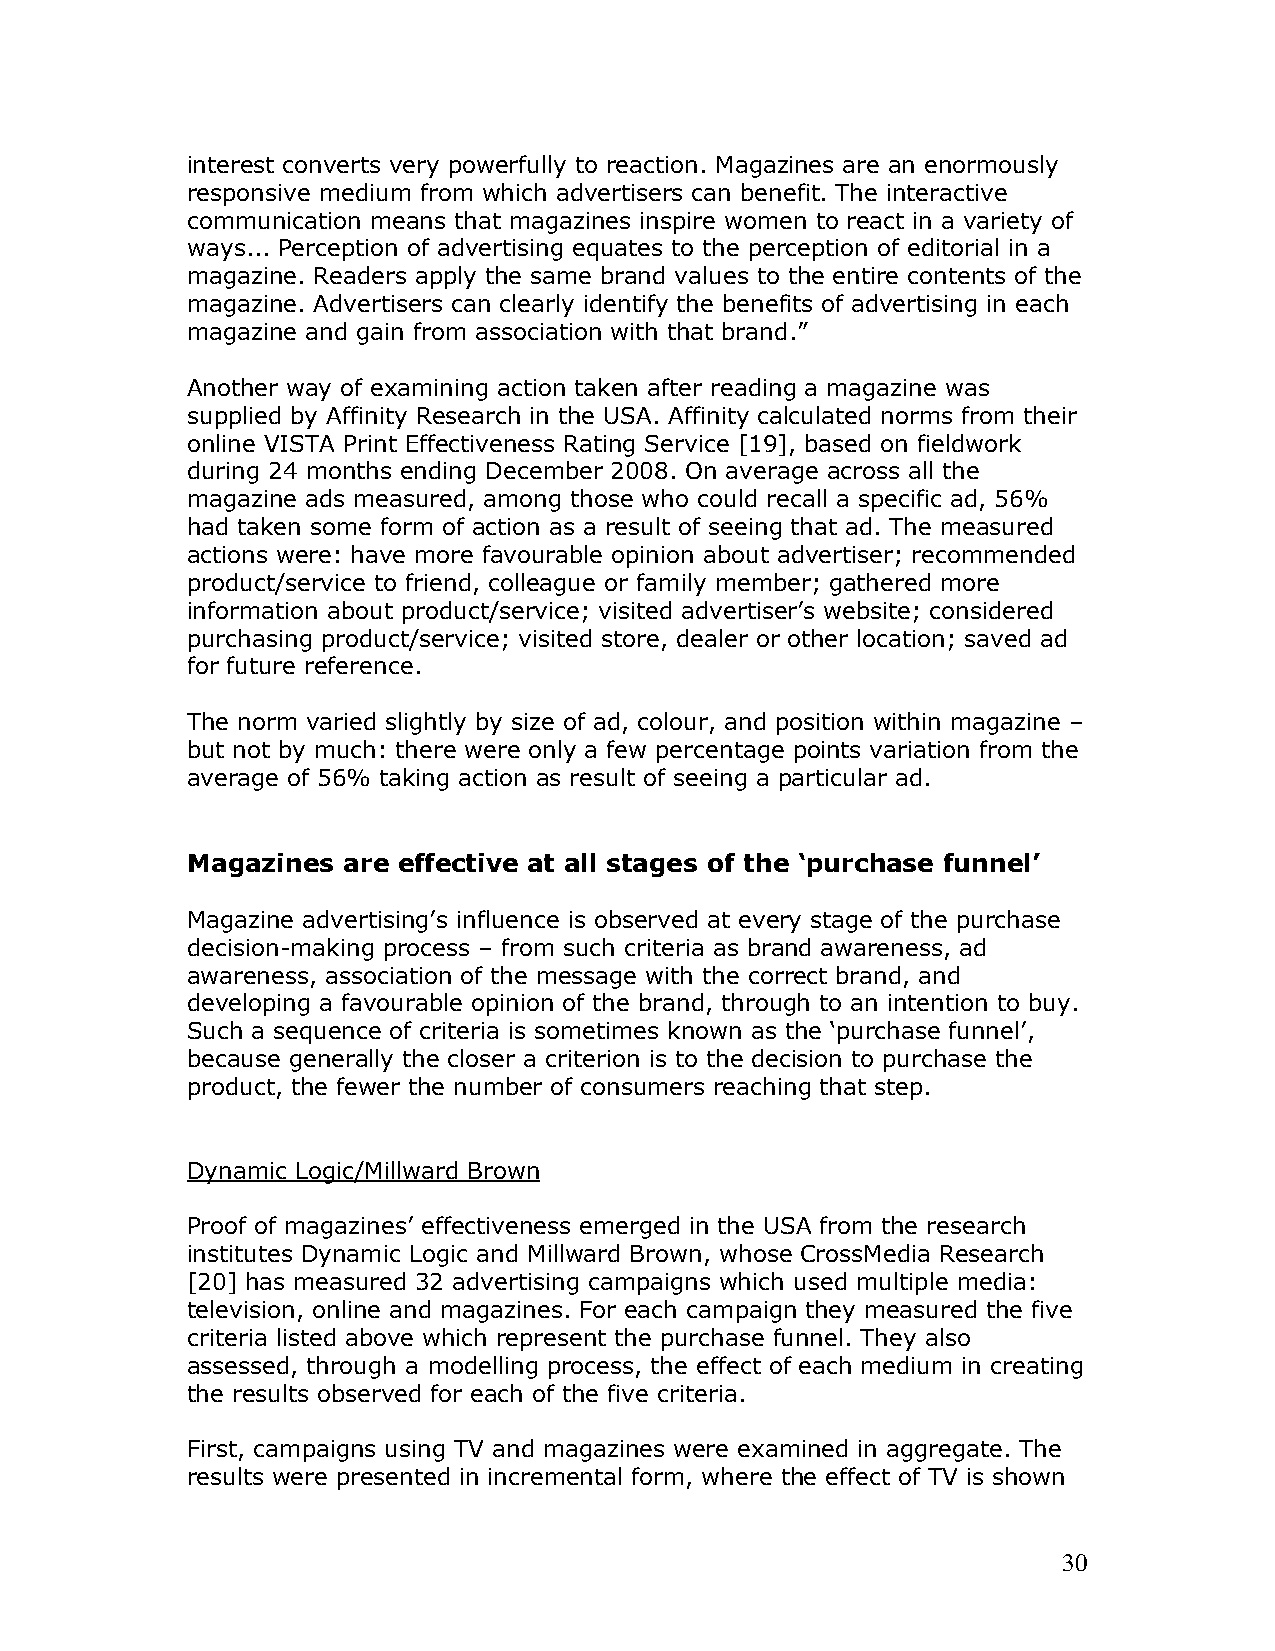
interest converts very powerfully to reaction. Magazines are an enormously
 responsive medium from which advertisers can benefit. The interactive
 communication means that magazines inspire women to react in a variety of
 ways... Perception of advertising equates to the perception of editorial in a
 magazine. Readers apply the same brand values to the entire contents of the
 magazine. Advertisers can clearly identify the benefits of advertising in each
 magazine and gain from association with that brand.”
 Another way of examining action taken after reading a magazine was
 supplied by Affinity Research in the USA. Affinity calculated norms from their
 online VISTA Print Effectiveness Rating Service [19], based on fieldwork
 during 24 months ending December 2008. On average across all the
 magazine ads measured, among those who could recall a specific ad, 56%
 had taken some form of action as a result of seeing that ad. The measured
 actions were: have more favourable opinion about advertiser; recommended
 product/service to friend, colleague or family member; gathered more
 information about product/service; visited advertiser’s website; considered
 purchasing product/service; visited store, dealer or other location; saved ad
 for future reference.
 The norm varied slightly by size of ad, colour, and position within magazine –
 but not by much: there were only a few percentage points variation from the
 average of 56% taking action as result of seeing a particular ad.
 Magazines  are effective at all stages of the ‘purchase funnel’
 Magazine advertising’s influence is observed at every stage of the purchase
 decision-making process – from such criteria as brand awareness, ad
 awareness, association of the message with the correct brand, and
 developing a favourable opinion of the brand, through to an intention to buy.
 Such a sequence of criteria is sometimes known as the ‘purchase funnel’,
 because generally the closer a criterion is to the decision to purchase the
 product, the fewer the number of consumers reaching that step.
 Dynamic Logic/Millward Brown
 Proof of magazines’ effectiveness emerged in the USA from the research
 institutes Dynamic Logic and Millward Brown, whose CrossMedia Research
 [20] has measured 32 advertising campaigns which used multiple media:
 television, online and magazines. For each campaign they measured the five
 criteria listed above which represent the purchase funnel. They also
 assessed, through a modelling process, the effect of each medium in creating
 the results observed for each of the five criteria.
 First, campaigns using TV and magazines were examined in aggregate. The
 results were presented in incremental form, where the effect of TV is shown
 30